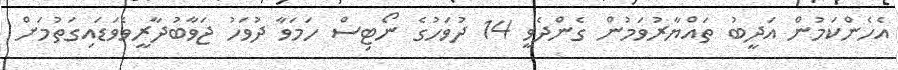
އެހެންކަމުން އަދީބު ތައްޔާރުވަމުން ގެންދެވީ 14 ދުވަހުގެ ނޯޓިސް ހަމަވާ ދުވަހު ޖަވާބުދާރީވެވަޑައިގަތުމަށް